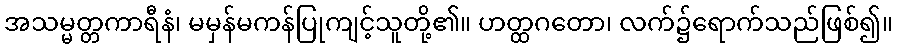
အသမ္မတ္တကာရီနံ၊ မမှန်မကန်ပြုကျင့်သူတို့၏။ ဟတ္ထဂတော၊ လက်၌ရောက်သည်ဖြစ်၍။